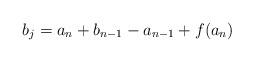
LaTeX: \begin{align*}b_j = a_n + b_{n-1} - a_{n-1} + f(a_n)\end{align*}